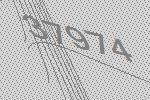
37974